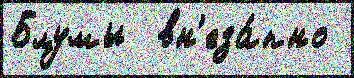
Блумы  вн'еза́пно